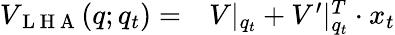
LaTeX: \begin{array}{rl}{V_{\mathrm{~L~H~A~}}(q;q_{t})=}&{{}V|_{q_{t}}+V^{\prime}|_{q_{t}}^{T}\cdot x_{t}}\end{array}